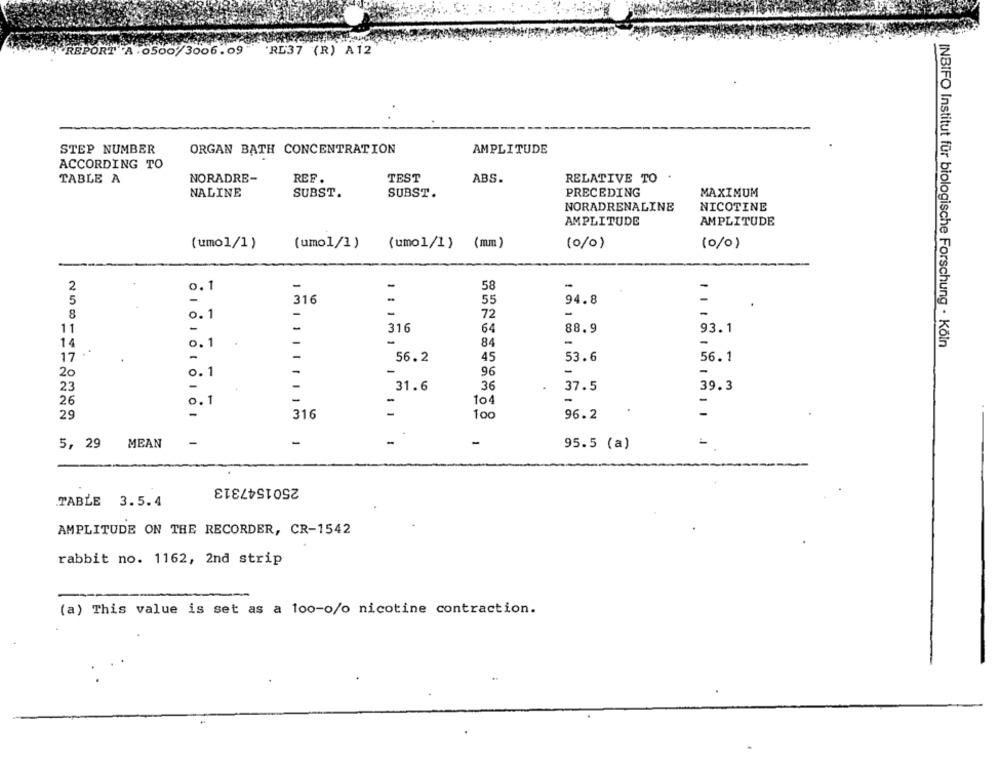
REPO
A .0500/3006.09 'RE37 (R) A12
STEP NUMBER
ORGAN BATH CONCENTRATION
AMPLITUDE
ACCORDING TO
TABLE A
NORADRE-
REF.
TEST
ABS.
RELATIVE TO
NALINE
SUBST.
SUBST.
PRECEDING
MAXIMUM
NORADRENALINE
NICOTINE
AMPLITUDE
AMPLITUDE
(umo1/1)
(umo1/1)
(umol/1) (mm)
(0/0)
(0/0)
2
-
-
58
-
0.1
5
-
316
55
94.8
8
-
72
-
0.1
316
64
88.9
93.1
11
-
1 1
14
0 .1
-
-
84
INBIFO Institut für biologische Forschung - Köln
17
-
56.2
45
53.6
56.1
-
20
0 .1
-
96
-
-
23
31.6
36
37.5
39.3
-
-
26
0.1
104
-
-
100
96.2
-
29
316
5, 29
MEAN
-
-
-
95.5 (a)
2501547313
TABLE 3.5.4
AMPLITUDE ON THE RECORDER, CR-1542
rabbit no. 1162, 2nd strip
(a) This value is set as a 100-o/o nicotine contraction.